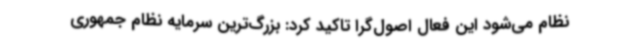
نظام می‌شود این فعال اصول‌گرا تاکید کرد: بزرگ‌ترین سرمایه نظام جمهوری